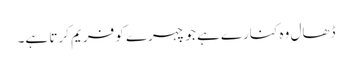
ڈھال وہ کنارے ہے جو چہرے کو فریم کرتا ہے۔